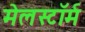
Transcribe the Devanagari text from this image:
मेलस्टाॅर्म